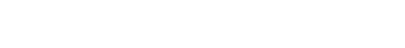
ရေသည် ခြေနင်းခုံ အပေါ်သို့ ကျော်တက်နေလေပြီ။